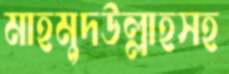
মাহমুদউল্লাহসহ